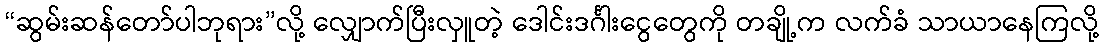
“ဆွမ်းဆန်တော်ပါဘုရား”လို့ လျှောက်ပြီးလှူတဲ့ ဒေါင်းဒင်္ဂါးငွေတွေကို တချို့က လက်ခံ သာယာနေကြလို့